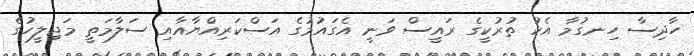
ހާދިސާ ހިނގުމާ އެކު ތުރުކީގެ ރައީސް ވަނީ އެގައުމުގެ އަސްކަރިއްޔާއާއި ސަލާމަތީ މަޖިލީހުގެ